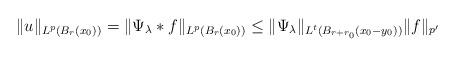
LaTeX: \begin{align*} \|u\|_{L^p(B_r(x_0))}=\|\Psi_\lambda\ast f\|_{L^p(B_r(x_0))}\leq \|\Psi_\lambda\|_{L^{t}(B_{r+r_0}(x_0-y_0))} \|f\|_{p'} \end{align*}